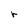
Character: r